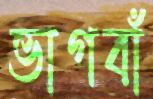
ভাগবাঁ